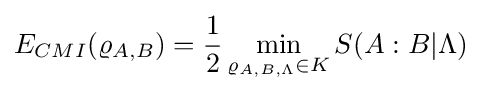
E_{CMI}(\varrho _{A,B})={\frac {1}{2}}\min _{\varrho _{A,B,\Lambda }\in K}S(A:B|\Lambda )